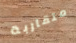
متقاربة